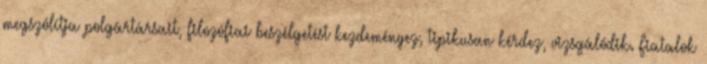
megszólítja polgártársait, filozófiai beszélgetést kezdeményez, tipikusan kérdez, vizsgálódik. Fiatalok